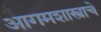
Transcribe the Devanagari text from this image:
आगमशास्त्राचे